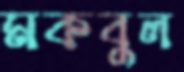
মকবুল